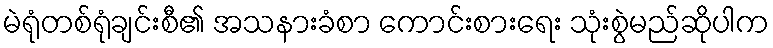
မဲရုံတစ်ရုံချင်းစီ၏ အသနားခံစာ ကောင်းစားရေး သုံးစွဲမည်ဆိုပါက